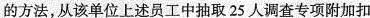
的方法，从该单位上述员工中抽取25人调查专项附加扣